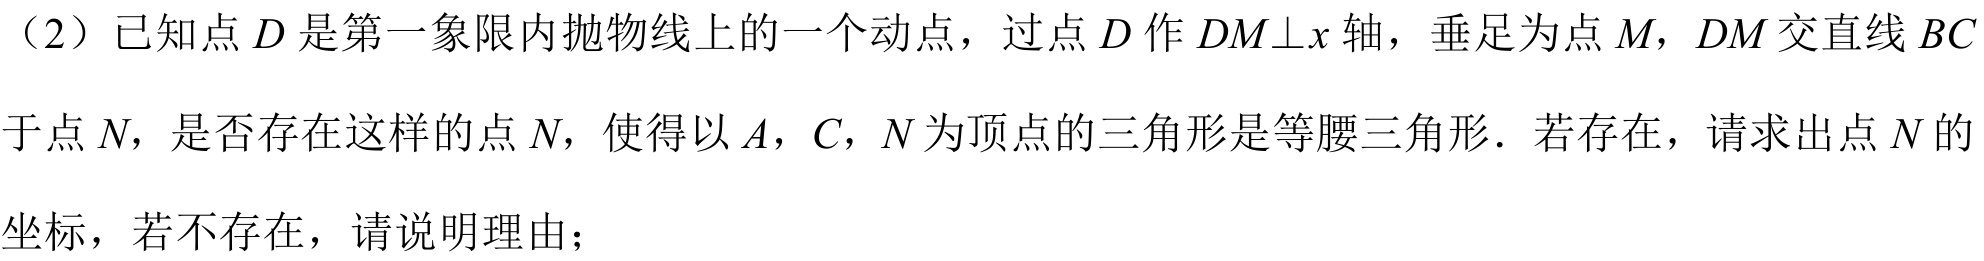
（2）已知点\(D\)是第一象限内抛物线上的一个动点，过点\(D\)作\(DM\perp x\)轴，垂足为点\(M\)，\(DM\)交直线\(BC\)于点\(N\)，是否存在这样的点\(N\)，使得以\(A\)，\(C\)，\(N\)为顶点的三角形是等腰三角形. 若存在，请求出点\(N\)的坐标，若不存在，请说明理由；